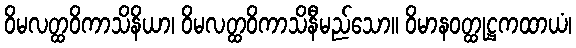
ဝိမလတ္ထဝိကာသိနိယာ၊ ဝိမလတ္ထဝိကာသိနီမည်သော။ ဝိမာနဝတ္ထုဋ္ဌကထာယံ၊